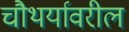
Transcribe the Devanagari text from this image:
चौथर्यावरील